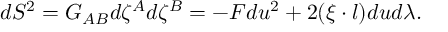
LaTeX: d S ^ { 2 } = G _ { A B } d \zeta ^ { A } d \zeta ^ { B } = - F d u ^ { 2 } + 2 ( \xi \cdot l ) d u d \lambda .